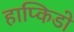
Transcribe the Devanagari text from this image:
हाप्किडो